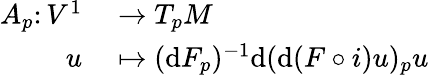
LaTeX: \begin{array}{rl}{A_{p}\colon V^{1}}&{{}\to T_{p}M}\\ {u}&{{}\mapsto(\mathrm{d}F_{p})^{-1}\mathrm{d}(\mathrm{d}(F\circ i)u)_{p}u}\end{array}